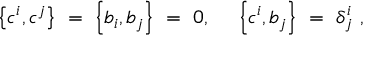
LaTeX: \left\{ c ^ { i } , c ^ { j } \right\} \ = \ \left\{ b _ { i } , b _ { j } \right\} \ = \ 0 , \ \quad \left\{ c ^ { i } , b _ { j } \right\} \ = \ \delta _ { j } ^ { i } \ ,